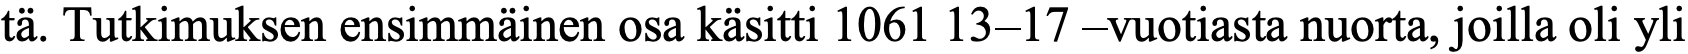
tä. Tutkimuksen ensimmäinen osa käsitti 1061 13–17 –vuotiasta nuorta, joilla oli yli